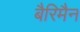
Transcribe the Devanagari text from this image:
बैरिमैन